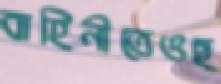
বাহিনীতেওছ